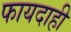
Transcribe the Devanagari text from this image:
फायदाही